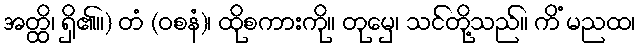
အတ္ထိ၊ ရှိ၏။) တံ (ဝစနံ)၊ ထိုစကားကို။ တုမှေ၊ သင်တို့သည်။ ကိံ မညထ၊